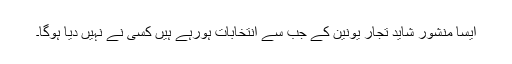
ایسا منشور شاید تجار یونین کے جب سے انتخابات ہورہے ہیں کسی نے نہیں دیا ہوگا۔